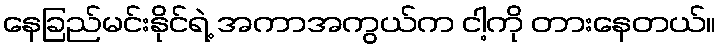
နေခြည်မင်းနိုင်ရဲ့ အကာအကွယ်က ငါ့ကို တားနေတယ်။